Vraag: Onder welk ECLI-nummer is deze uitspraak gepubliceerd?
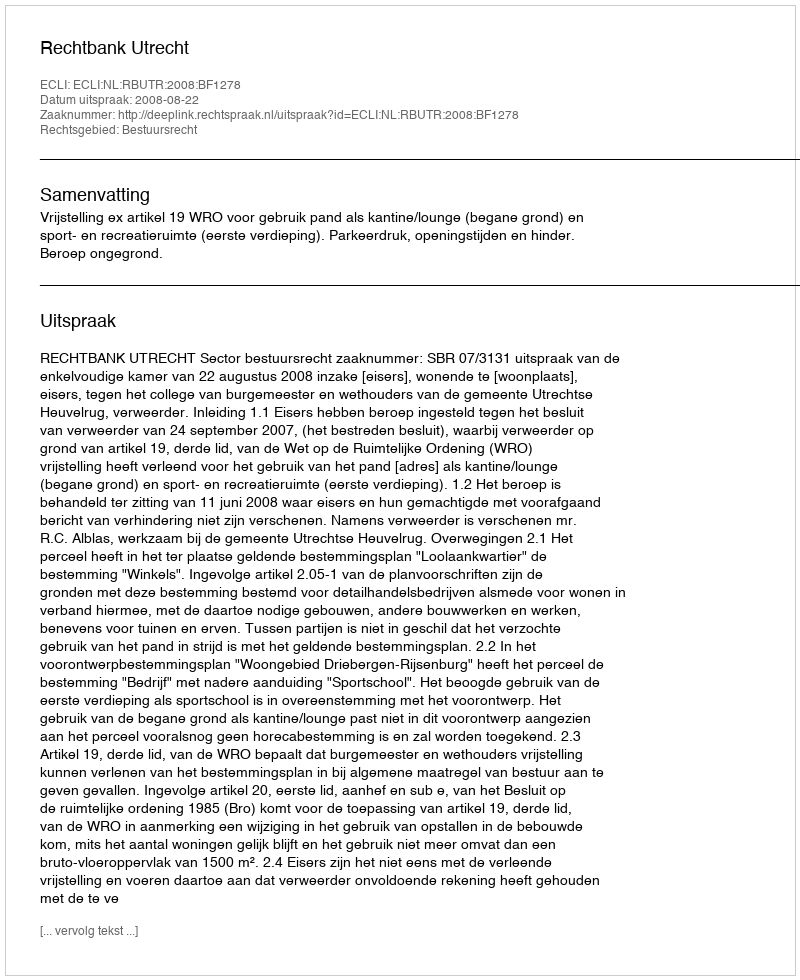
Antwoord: ECLI:NL:RBUTR:2008:BF1278